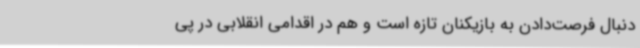
دنبال فرصت‌دادن به بازیکنان تازه است و هم در اقدامی انقلابی در پی